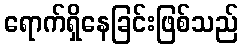
ရောက်ရှိနေခြင်းဖြစ်သည်